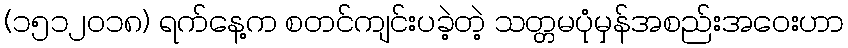
(၁၅၁၂၀၁၈) ရက်နေ့က စတင်ကျင်းပခဲ့တဲ့ သတ္တမပုံမှန်အစည်းအဝေးဟာ